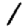
Digit: 1